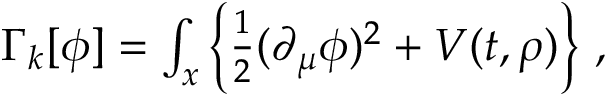
\begin{array} { r } { \Gamma _ { k } [ \phi ] = \int _ { x } \left\{ \frac { 1 } { 2 } ( \partial _ { \mu } \phi ) ^ { 2 } + V ( t , \rho ) \right\} \, , } \end{array}